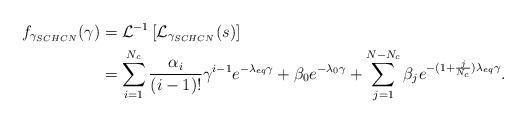
LaTeX: \begin{align*} f_{\gamma_{SCHCN}}(\gamma)&=\mathcal{L}^{-1}\left[ \mathcal{L}_{\gamma_{SCHCN}}(s)\right]\\&=\sum_{i=1}^{N_c} \frac{ \alpha_i }{(i-1)!}\gamma^{i-1} e^{-\lambda_{eq}\gamma}+ \beta_0 e^{-\lambda_{0}\gamma} +\sum_{j=1}^{N-N_c} \beta_j e^{-(1+\frac{j}{N_c})\lambda_{eq}\gamma}.\\ \end{align*}